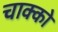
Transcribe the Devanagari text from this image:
चाक्को